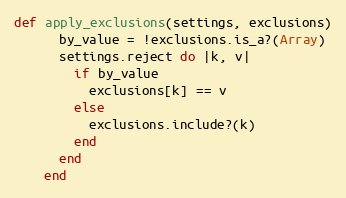
Language: Ruby
def apply_exclusions(settings, exclusions)
      by_value = !exclusions.is_a?(Array)
      settings.reject do |k, v|
        if by_value
          exclusions[k] == v
        else
          exclusions.include?(k)
        end
      end
    end